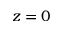
z = 0